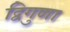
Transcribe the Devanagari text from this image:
द्विगुणा